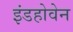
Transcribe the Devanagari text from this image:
इंडहोवेन